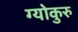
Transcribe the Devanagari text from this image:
ग्योकुरु